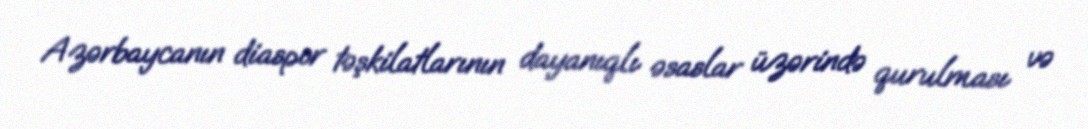
Azərbaycanın diaspor təşkilatlarının dayanıqlı əsaslar üzərində qurulması və